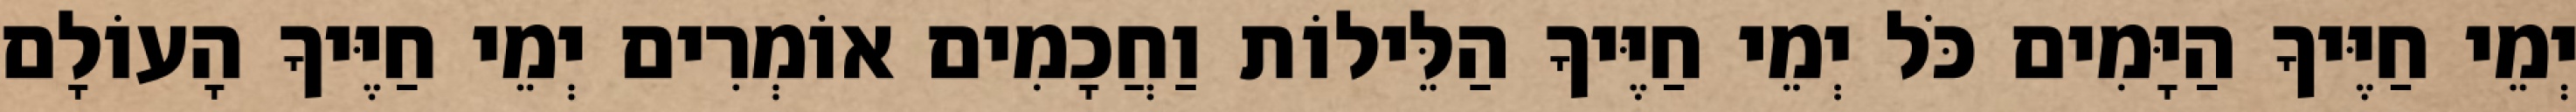
יְמֵי חַיֶּיךָ הַיָּמִים כֹּל יְמֵי חַיֶּיךָ הַלֵּילוֹת וַחֲכָמִים אוֹמְרִים יְמֵי חַיֶּיךָ הָעוֹלָם